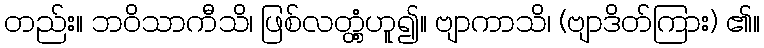
တည်း။ ဘဝိသာကီသိ၊ ဖြစ်လတ္တံ့ဟူ၍။ ဗျာကာသိ၊ (ဗျာဒိတ်ကြား) ၏။